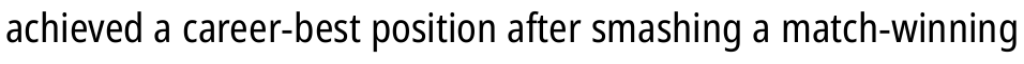
achieved a career-best position after smashing a match-winning